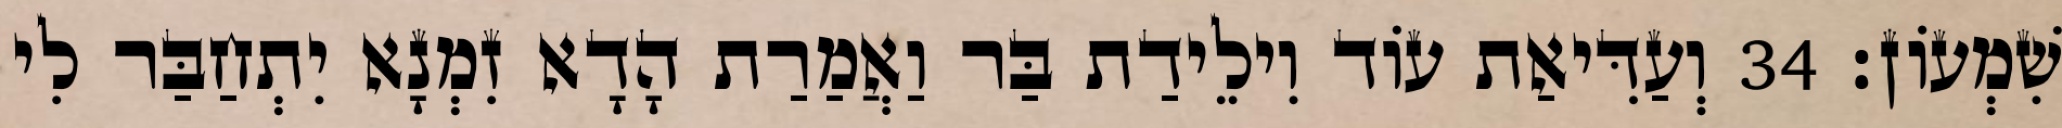
שִׁמְעוֹן׃ 34 וְעַדִּיאַת עוֹד וִילֵידַת בַּר וַאֲמַרַת הָדָא זִמְנָא יִתְחַבַּר לִי